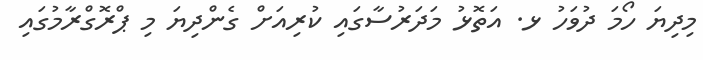
މިދިޔަ ހޯމަ ދުވަހު ޅ. އަތޮޅު މަދަރުސާގައި ކުރިއަށް ގެންދިޔަ މި ޕްރޮގްރާމުގައި